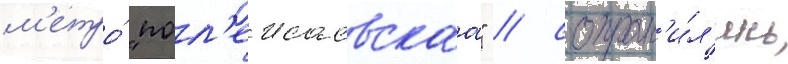
м'етро́ "пол'ежаевскаа" / сохран'и́л'ись